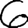
Digit: 6